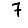
Digit: 7